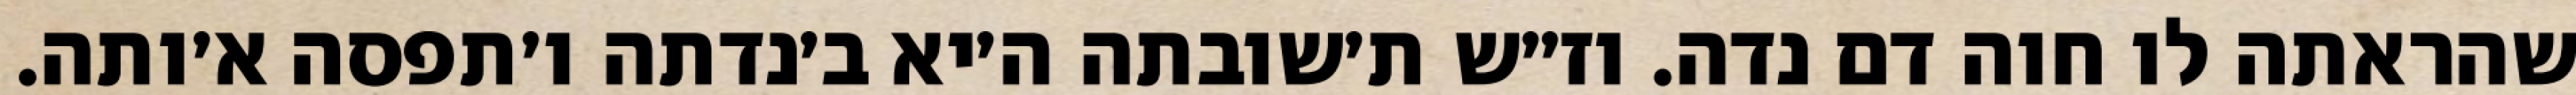
שהראתה לו חוה דם נדה. וז״ש ת׳שובתה ה׳יא ב׳נדתה ו׳תפסה א׳ותה.